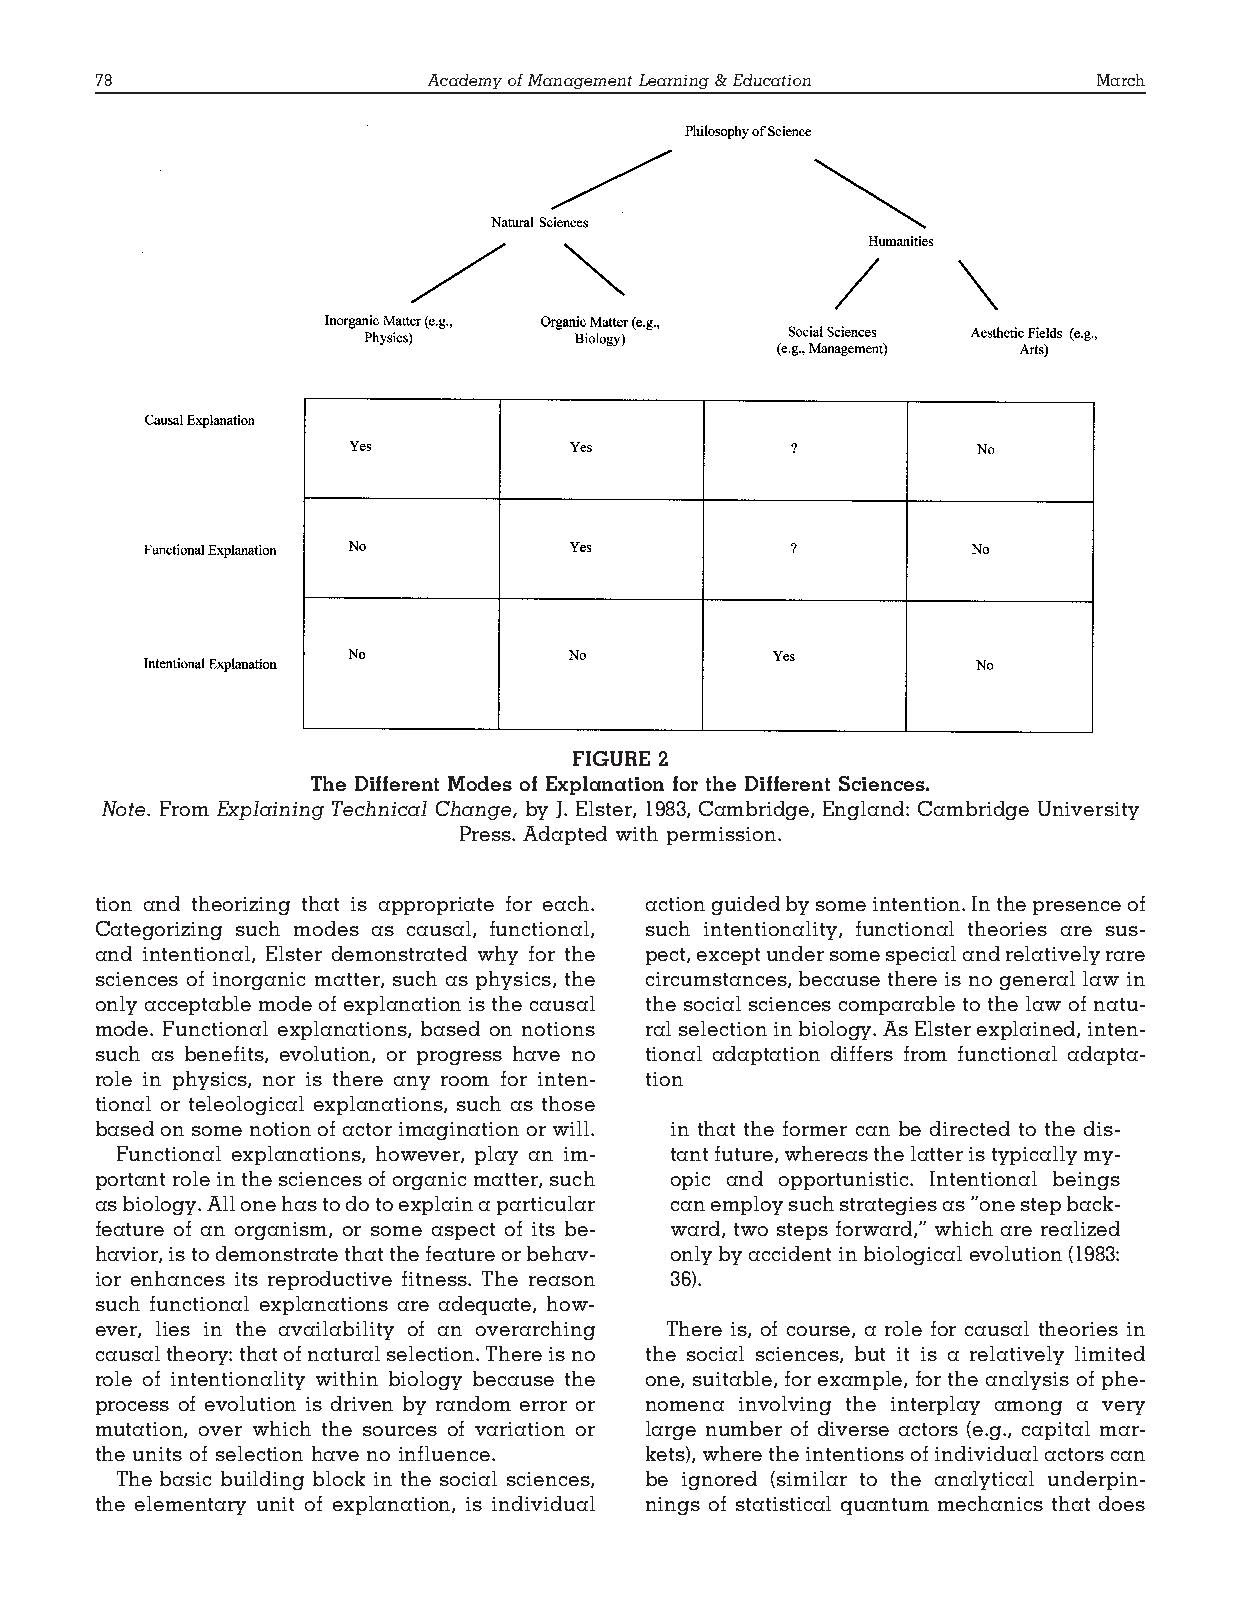
78                    AcademyofManagementLearning&Education       March
 FIGURE 2
 The Different Modes of Explanation for the Different Sciences.
 Note. From Explaining Technical Change, by J. Elster, 1983, Cambridge, England: Cambridge University
 Press. Adapted with permission.
 tion and theorizing that is appropriate for each. actionguidedbysomeintention.Inthepresenceof
 Categorizing such modes as causal, functional, such intentionality, functional theories are sus-
 and intentional, Elster demonstrated why for the pect,exceptundersomespecialandrelativelyrare
 sciences of inorganic matter, such as physics, the circumstances, because there is no general law in
 onlyacceptablemodeofexplanationisthecausal thesocialsciencescomparabletothelawofnatu-
 mode. Functional explanations, based on notions ralselectioninbiology.AsElsterexplained,inten-
 such as benefits, evolution, or progress have no tional adaptation differs from functional adapta-
 role in physics, nor is there any room for inten- tion
 tional or teleological explanations, such as those
 basedonsomenotionofactorimaginationorwill. in that the former can be directed to the dis-
 Functional explanations, however, play an im- tantfuture,whereasthelatteristypicallymy-
 portantroleinthesciencesoforganicmatter,such opic and opportunistic. Intentional beings
 asbiology.Allonehastodotoexplainaparticular canemploysuchstrategiesas“onestepback-
 feature of an organism, or some aspect of its be- ward, two steps forward,” which are realized
 havior,istodemonstratethatthefeatureorbehav- onlybyaccidentinbiologicalevolution(1983:
 ior enhances its reproductive fitness. The reason 36).
 such functional explanations are adequate, how-
 ever, lies in the availability of an overarching There is, of course, a role for causal theories in
 causaltheory:thatofnaturalselection.Thereisno the social sciences, but it is a relatively limited
 role of intentionality within biology because the one, suitable, for example, for the analysis of phe-
 process of evolution is driven by random error or nomena involving the interplay among a very
 mutation, over which the sources of variation or large number of diverse actors (e.g., capital mar-
 the units of selection have no influence. kets),wheretheintentionsofindividualactorscan
 The basic building block in the social sciences, be ignored (similar to the analytical underpin-
 the elementary unit of explanation, is individual nings of statistical quantum mechanics that does